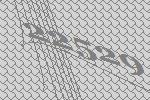
22529